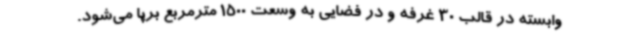
وابسته در قالب 30 غرفه و در فضایی به وسعت 1500 مترمربع برپا می‌شود.